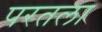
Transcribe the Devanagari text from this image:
परतला